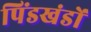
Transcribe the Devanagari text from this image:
पिंडखंडों